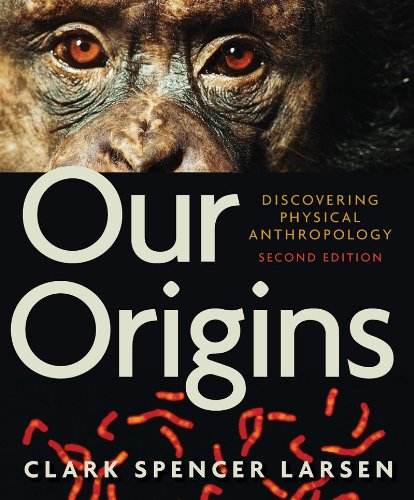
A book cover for Our Origins: Discovering Physical Anthropology (Second Edition); Clark Spencer Larsen; Politics & Social Sciences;